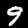
Digit: 9